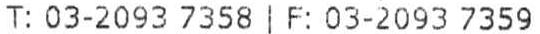
T: 03-2093 7358 | F: 03-2093 7359